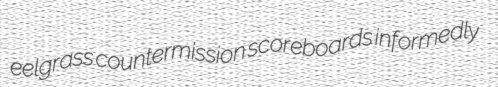
eelgrass countermission scoreboards informedly